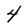
Character: 4